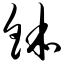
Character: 钵